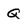
Character: Q